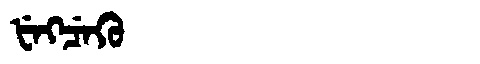
Manchu: ᡶᡝᡴᠴᡝᡴᡠ
Romanization: FEKCEKU